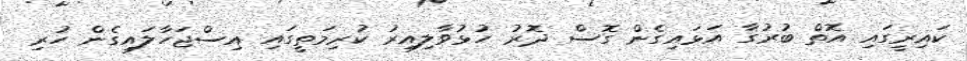
ކައިރީގައި އޮތް ބުރުގާ އަޅައިގެން ގޮސް ދޮރު ހުޅުވާލިއިރު ކުރިމަތީގައި އިސްޖަހާލައިގެން ހުރި